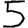
Digit: 5